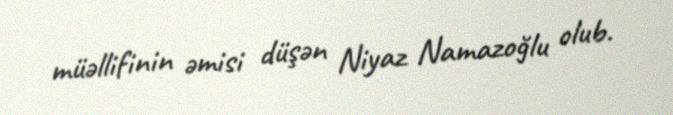
müəllifinin əmisi düşən Niyaz Namazoğlu olub.